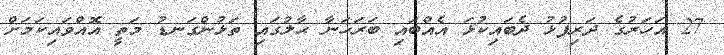
27 އަހަރުގެ ދަރިފުޅު ދެބައިކުޅަ އެއްބައި ބަރަހަނާ ޙާލުގައި ތަޅުންގަނޑު މަތީ އޮއްވައިކަމަށް